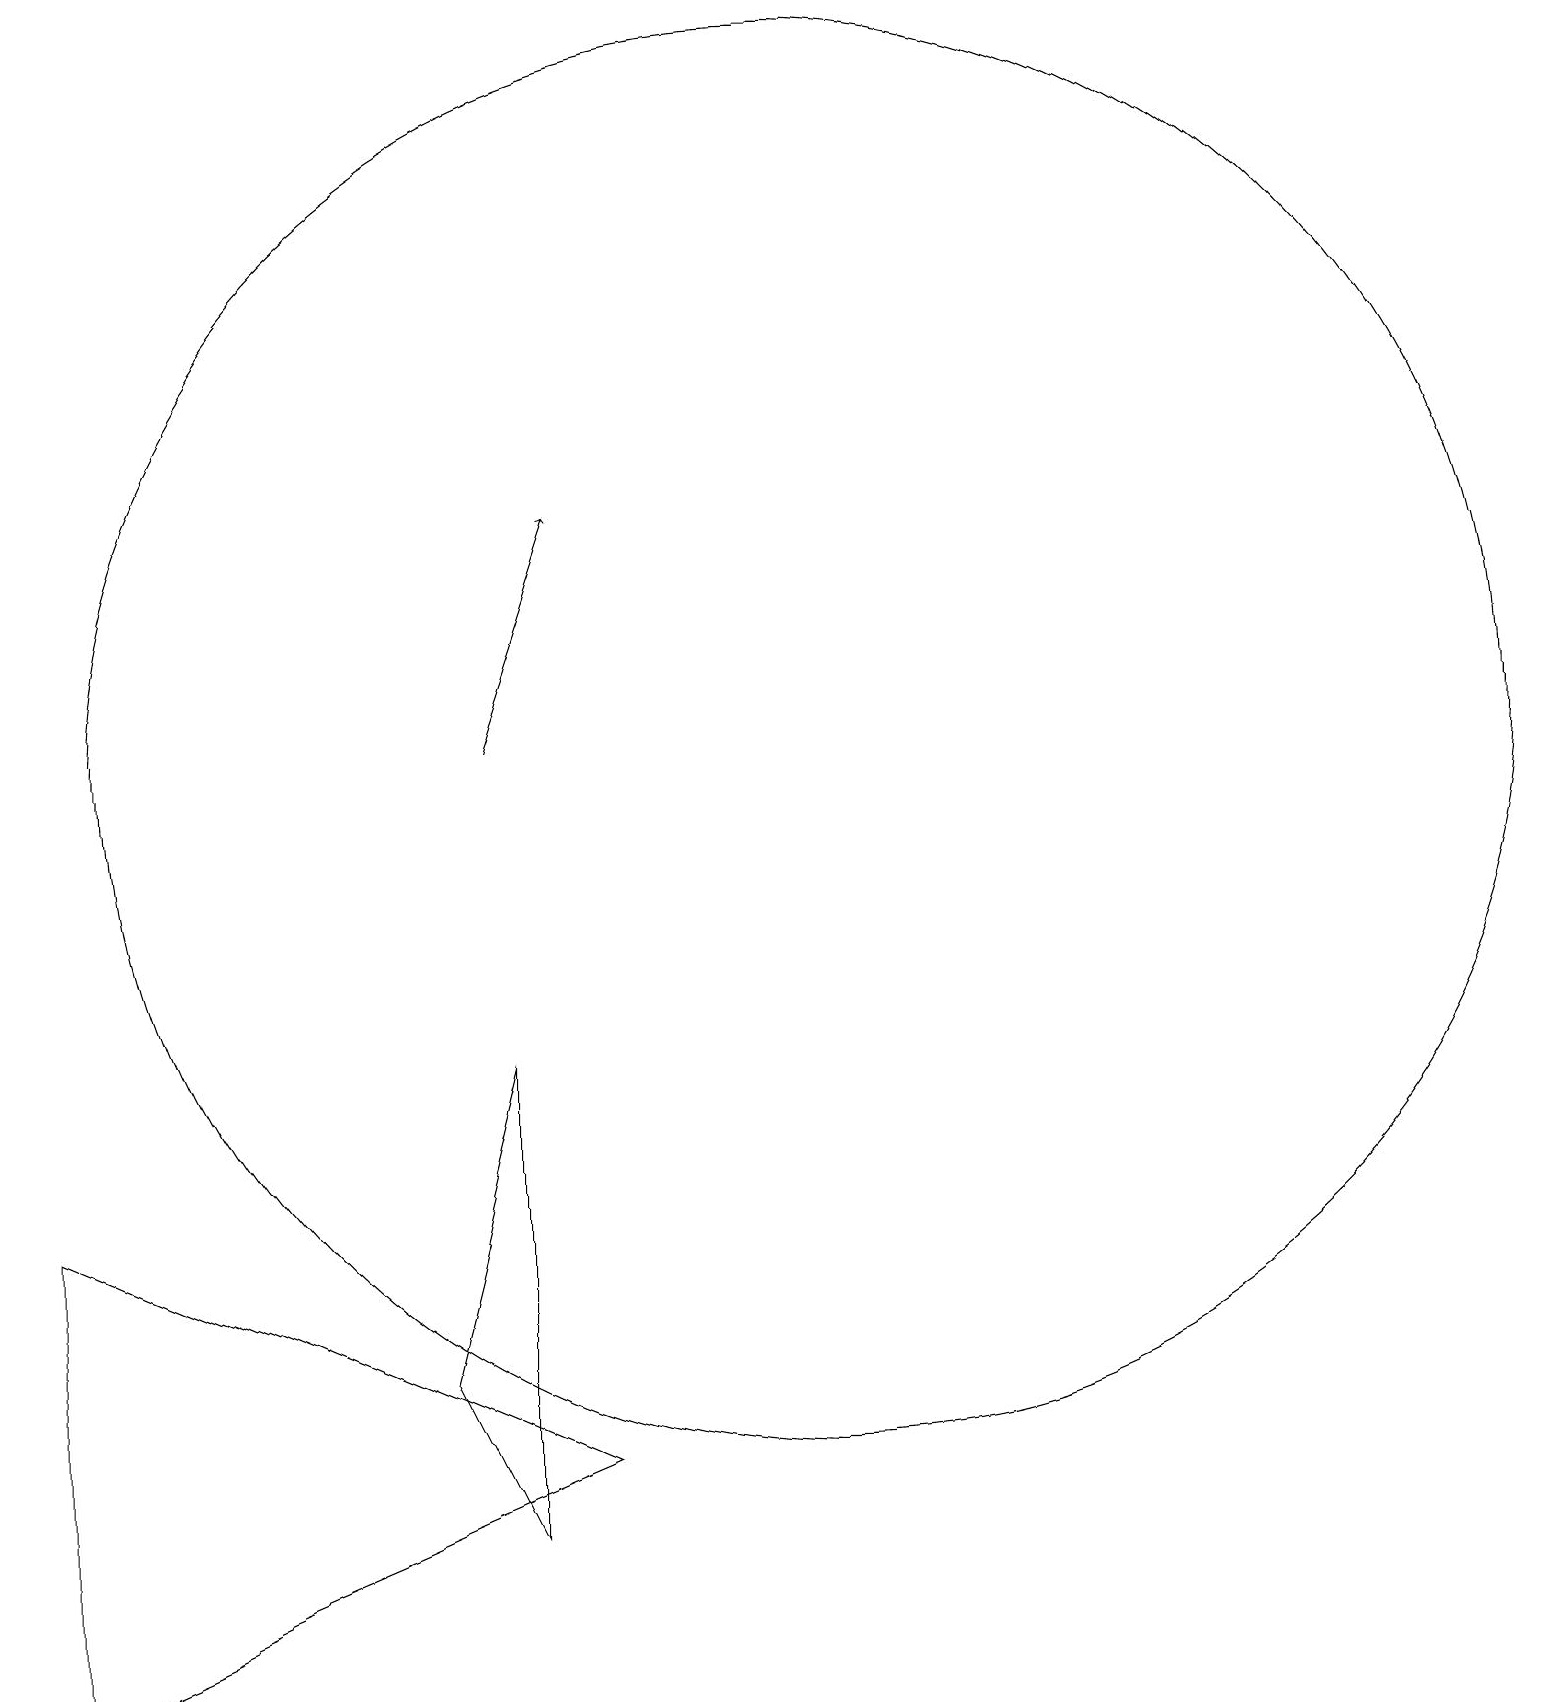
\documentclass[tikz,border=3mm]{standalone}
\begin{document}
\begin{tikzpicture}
\draw (0,6) -- (0,0) -- (7,3) -- cycle;
\draw (6,2) -- (6,8) -- (5,4) -- cycle;
\draw (10,12) circle (9);
\draw[->] (6,12) -- (7,15);
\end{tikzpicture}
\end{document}